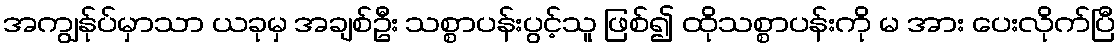
အကျွန်ုပ်မှာသာ ယခုမှ အချစ်ဦး သစ္စာပန်းပွင့်သူ ဖြစ်၍ ထိုသစ္စာပန်းကို မ အား ပေးလိုက်ပြီ